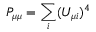
P _ { \mu \mu } = \sum _ { i } ( U _ { \mu i } ) ^ { 4 }